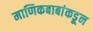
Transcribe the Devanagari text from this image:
माणिकबाबांकडून